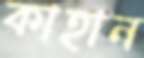
কাহান